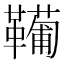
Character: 𩍘